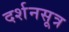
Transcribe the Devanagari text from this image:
दर्शनसूत्र